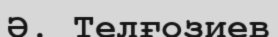
Ә. Телғозиев